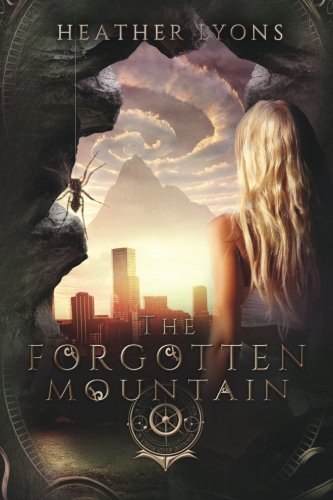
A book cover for The Forgotten Mountain (The Collectors' Society) (Volume 3); Heather Lyons; Science Fiction & Fantasy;